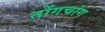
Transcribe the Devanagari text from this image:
तोंगचांग